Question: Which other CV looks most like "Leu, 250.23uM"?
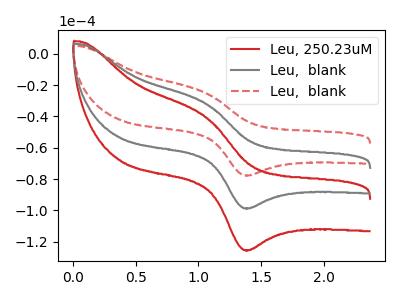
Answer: <think>The red curve "Leu, 250.23uM" has an anodic peak at (1.05V, -63.50uA) and a cathodic peak at (1.40V, -197.15uA). The gray curve "Leu,  blank" has an anodic peak at (1.05V, -31.75uA) and a cathodic peak at (1.40V, -98.60uA). The red dashed curve "Leu,  blank" has an anodic peak at (1.05V, -25.00uA) and a cathodic peak at (1.40V, -77.60uA).
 All the peaks in "Leu, 250.23uM" have a peak in "Leu,  blank" at the same potential. All the peaks in "Leu, 250.23uM" have a peak in "Leu,  blank" at the same potential. All the peaks in "Leu,  blank" have a peak in "Leu,  blank" at the same potential.</think>
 <answer>"Leu, 250.23uM" and "Leu,  blank" have a similar shape to "Leu,  blank".</answer>
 <eval>"Leu, 250.23uM" "Leu,  blank"</eval>